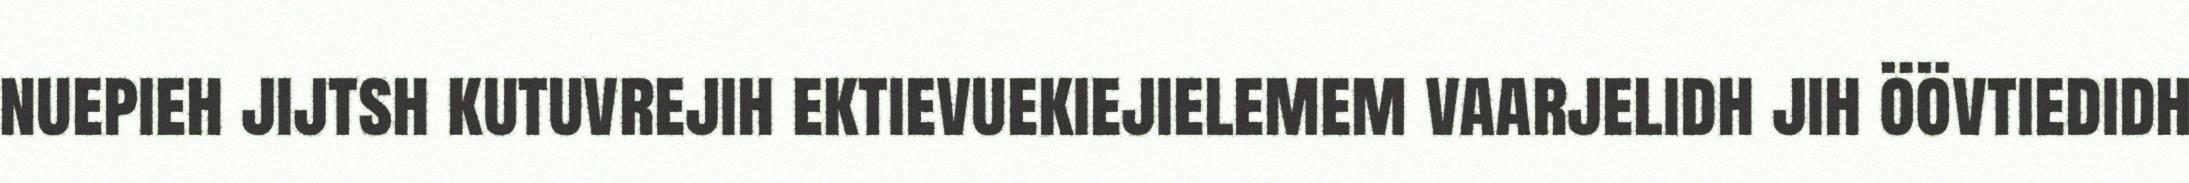
nuepieh jijtsh kutuvrejih ektievuekiejielemem vaarjelidh jih öövtiedidh